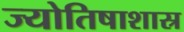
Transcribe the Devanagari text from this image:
ज्योतिषाशास्र